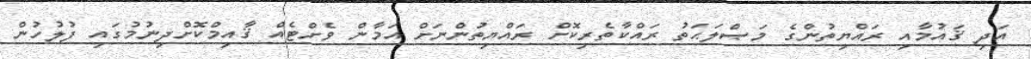
އަދި ޤައުމާއި ރައްޔިތުންގެ މަޞްލަޙަތު ރައްކާތެރިކޮށް ރައްޔިތުންނަށް އަމާން ވެށްޓެއް ޤާއިމްކޮށްދިނުމުގައި ފުލުހުން